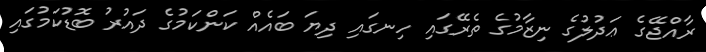
ރާއްޖޭގެ ޢަދުލުގެ ނިޒާމުގެ ތެރޭގައި ހިނގައި ދިޔަ ބައެއް ކަންކަމުގެ ދައުރު ބޮޑުކަމުގައި